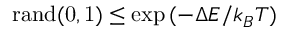
\mathrm { r a n d ( 0 , 1 ) } \le \exp { ( - \Delta { E } / k _ { B } T ) }